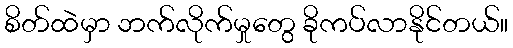
စိတ်ထဲမှာ ဘက်လိုက်မှုတွေ ခိုကပ်လာနိုင်တယ်။